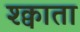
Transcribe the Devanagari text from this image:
श्क्वाता